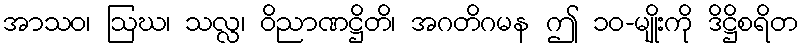
အာသဝ၊ ဩဃ၊ သလ္လ၊ ဝိညာဏဋ္ဌိတိ၊ အဂတိဂမန ဤ ၁၀-မျိုးကို ဒိဋ္ဌိစရိတ